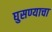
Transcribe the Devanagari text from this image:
घुसण्याचा